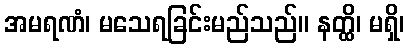
အမရဏံ၊ မသေရခြင်းမည်သည်။ နတ္ထိ၊ မရှိ၊